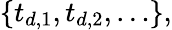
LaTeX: \{ t_{d,1},t_{d,2},\ldots\} ,